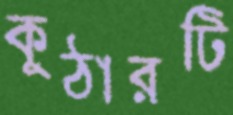
কুঠারটি